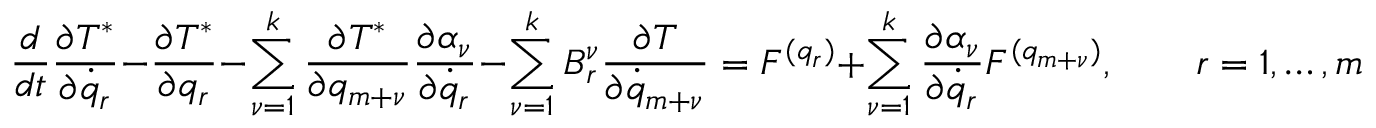
\frac { d } { d t } \frac { \partial T ^ { * } } { \partial { \dot { q } } _ { r } } - \frac { \partial T ^ { * } } { \partial q _ { r } } - \sum _ { \nu = 1 } ^ { k } \frac { \partial T ^ { * } } { \partial q _ { m + \nu } } \frac { \partial \alpha _ { \nu } } { \partial { \dot { q } _ { r } } } - \sum _ { \nu = 1 } ^ { k } B _ { r } ^ { \nu } \frac { \partial T } { \partial { \dot { q } } _ { m + \nu } } = { \cal F } ^ { ( q _ { r } ) } + \sum _ { \nu = 1 } ^ { k } \frac { \partial \alpha _ { \nu } } { \partial { \dot { q } } _ { r } } { \cal F } ^ { ( q _ { m + \nu } ) } , \qquad r = 1 , \dots , m